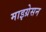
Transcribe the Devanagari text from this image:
माइग्रेसन